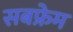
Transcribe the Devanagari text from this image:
सबफ्रेम